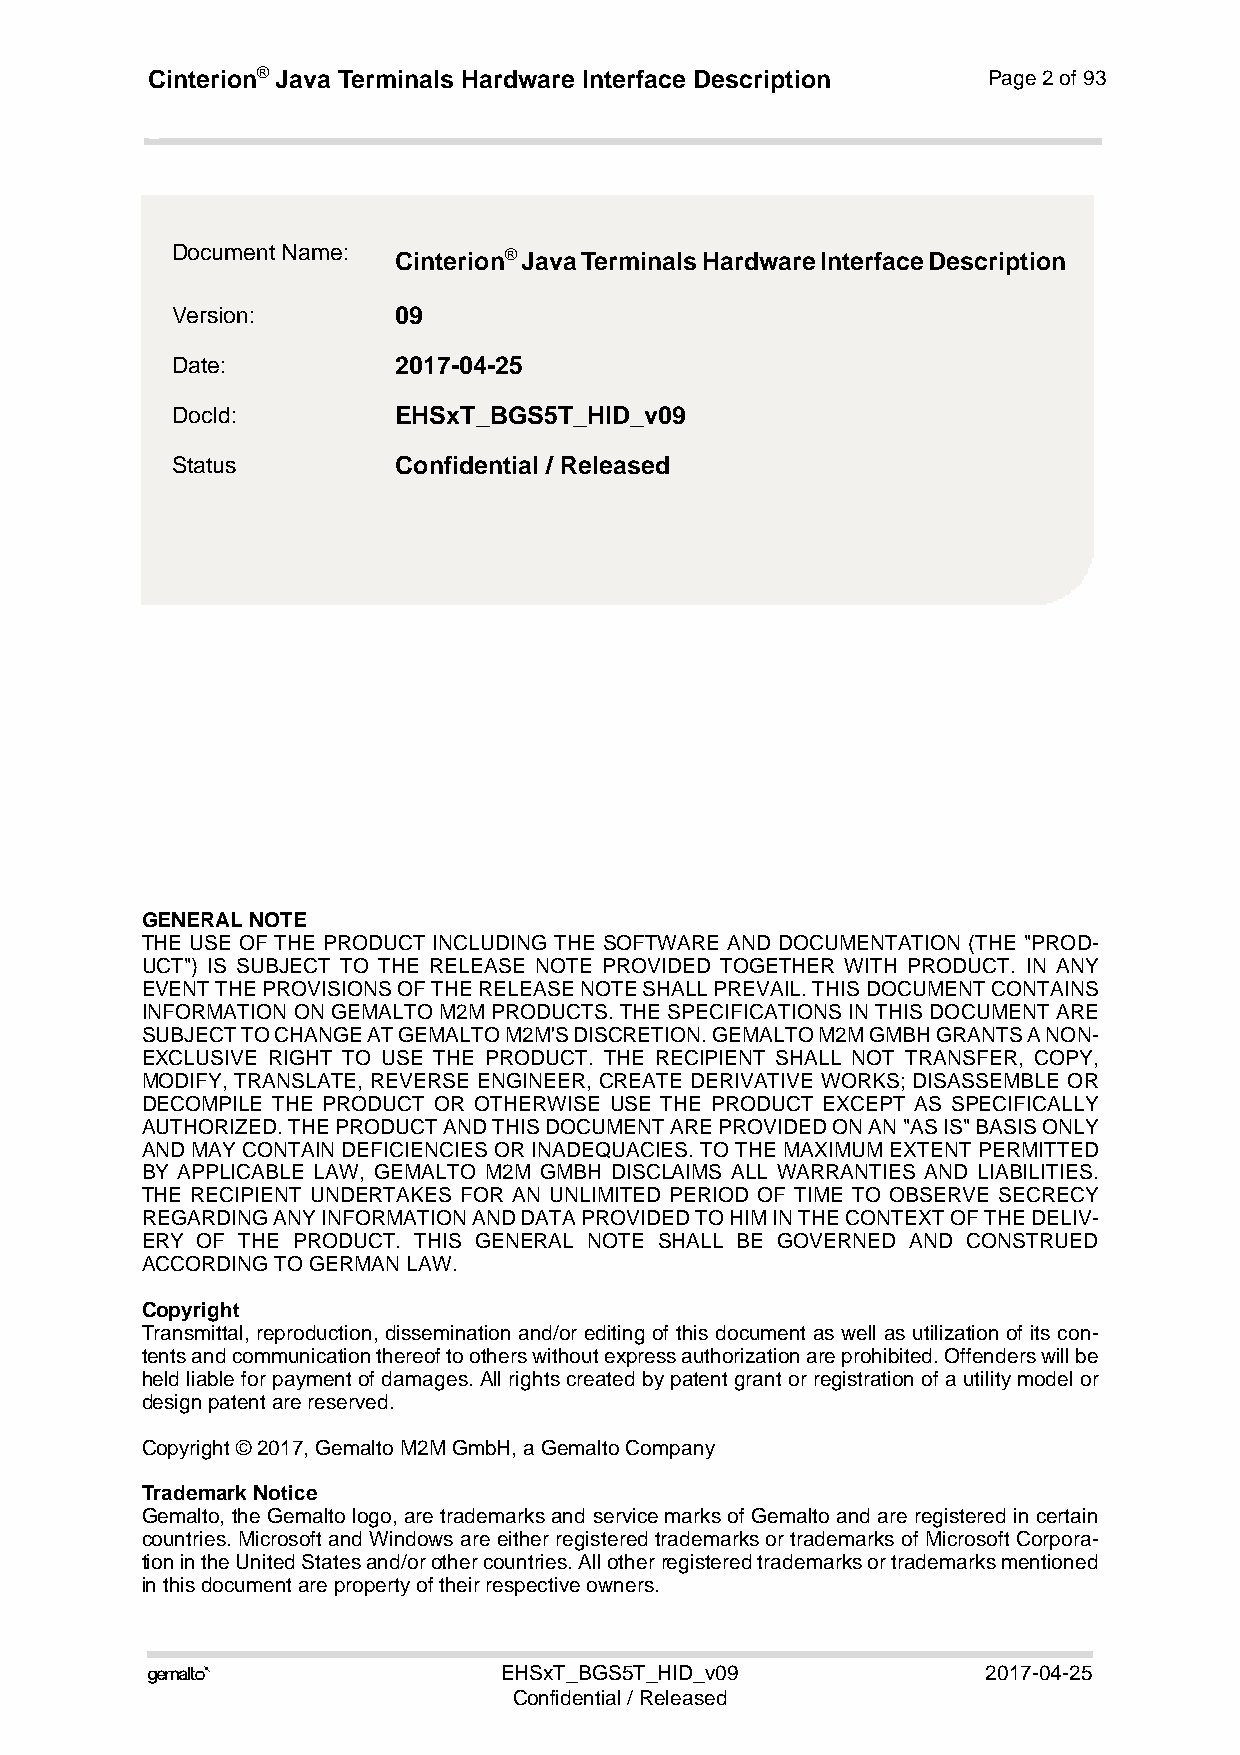
Cinterion® Java Terminals Hardware Interface Description Page 2 of 93
 2
 Document Name: Cinterion® Java Terminals Hardware Interface Description
 Version:       09
 Date:          2017-04-25
 DocId:         EHSxT_BGS5T_HID_v09
 Status         Confidential / Released
 GENERAL NOTE
 THE USE OF THE PRODUCT INCLUDING THE SOFTWARE AND DOCUMENTATION (THE "PROD-
 UCT") IS SUBJECT TO THE RELEASE NOTE PROVIDED TOGETHER WITH PRODUCT. IN ANY
 EVENT THE PROVISIONS OF THE RELEASE NOTE SHALL PREVAIL. THIS DOCUMENT CONTAINS
 INFORMATION ON GEMALTO M2M PRODUCTS. THE SPECIFICATIONS IN THIS DOCUMENT ARE
 SUBJECT TO CHANGE AT GEMALTO M2M'S DISCRETION. GEMALTO M2M GMBH GRANTS A NON-
 EXCLUSIVE RIGHT TO USE THE PRODUCT. THE RECIPIENT SHALL NOT TRANSFER, COPY,
 MODIFY, TRANSLATE, REVERSE ENGINEER, CREATE DERIVATIVE WORKS; DISASSEMBLE OR
 DECOMPILE THE PRODUCT OR OTHERWISE USE THE PRODUCT EXCEPT AS SPECIFICALLY
 AUTHORIZED. THE PRODUCT AND THIS DOCUMENT ARE PROVIDED ON AN "AS IS" BASIS ONLY
 AND MAY CONTAIN DEFICIENCIES OR INADEQUACIES. TO THE MAXIMUM EXTENT PERMITTED
 BY APPLICABLE LAW, GEMALTO M2M GMBH DISCLAIMS ALL WARRANTIES AND LIABILITIES.
 THE RECIPIENT UNDERTAKES FOR AN UNLIMITED PERIOD OF TIME TO OBSERVE SECRECY
 REGARDING ANY INFORMATION AND DATA PROVIDED TO HIM IN THE CONTEXT OF THE DELIV-
 ERY OF THE PRODUCT. THIS GENERAL NOTE SHALL BE GOVERNED AND CONSTRUED
 ACCORDING TO GERMAN LAW.
 Copyright
 Transmittal, reproduction, dissemination and/or editing of this document as well as utilization of its con-
 tents and communication thereof to others without express authorization are prohibited. Offenders will be
 held liable for payment of damages. All rights created by patent grant or registration of a utility model or
 design patent are reserved.
 Copyright © 2017, Gemalto M2M GmbH, a Gemalto Company
 Trademark Notice
 Gemalto, the Gemalto logo, are trademarks and service marks of Gemalto and are registered in certain
 countries. Microsoft and Windows are either registered trademarks or trademarks of Microsoft Corpora-
 tion in the United States and/or other countries. All other registered trademarks or trademarks mentioned
 in this document are property of their respective owners.
                       EHSxT_BGS5T_HID_v09             2017-04-25
 Confidential / Released